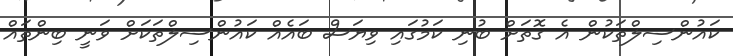
ކައުންސިލްތަކުން އެ ގޮތަށް ބުނި ކަމުގައި ވިޔަސް ބައެއް ކައުންސިލްތަކަށް ވަނީ ބިންތައް